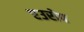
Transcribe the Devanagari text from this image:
एउरोप